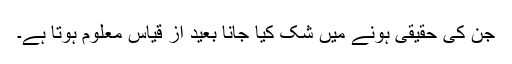
جن کی حقیقی ہونے میں شک کیا جانا بعید از قیاس معلوم ہوتا ہے۔